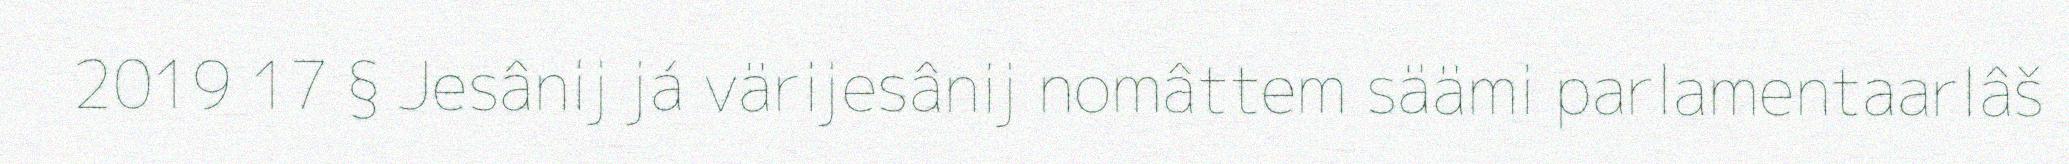
2019 17 § Jesânij já värijesânij nomâttem säämi parlamentaarlâš